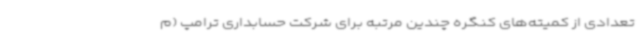
تعدادی از کمیته‌های کنگره چندین مرتبه برای شرکت حسابداری ترامپ (م